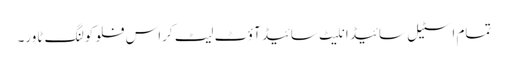
تمام اسٹیل سائیڈ انلیٹ سائیڈ آؤٹ لیٹ کراس فلو کولنگ ٹاور۔